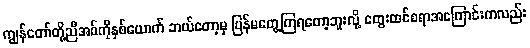
ကျွန်တော်တို့ညီအစ်ကိုနှစ်ယောက် ဘယ်တော့မှ ပြန်မတွေ့ကြရတော့ဘူးလို့ တွေးထင်စရာအကြောင်းကလည်း